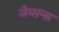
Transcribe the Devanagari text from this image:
जेम्सन्स